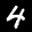
Label: 4